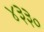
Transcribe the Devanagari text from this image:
४३३०